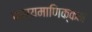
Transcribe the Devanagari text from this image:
कार्यमाणिक्कम